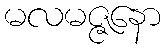
မလမဇ္ဇနော